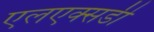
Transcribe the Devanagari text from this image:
एलएक्सडी